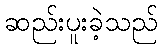
ဆည်းပူးခဲ့သည်